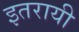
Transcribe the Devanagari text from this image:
इतरायी